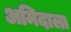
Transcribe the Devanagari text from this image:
अमिदाला